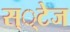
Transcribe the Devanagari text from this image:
स््टेज